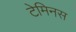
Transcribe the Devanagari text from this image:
टेमिनस